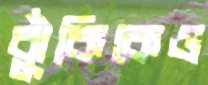
ঝুঁকিকেও